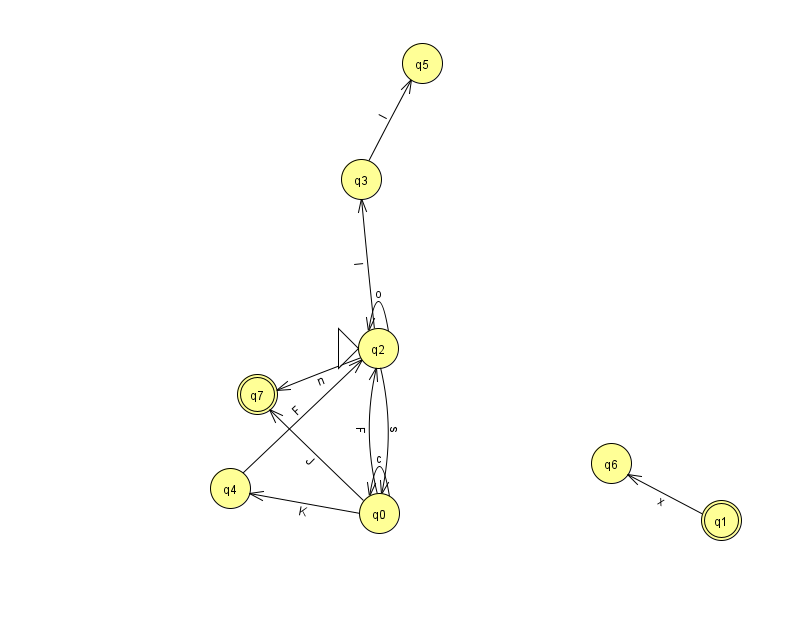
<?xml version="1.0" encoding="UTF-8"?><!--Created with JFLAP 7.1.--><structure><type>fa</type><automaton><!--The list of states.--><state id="0" name="q0"><x>379.0</x><y>500.0</y></state><state id="1" name="q1"><x>721.0</x><y>507.0</y><final/></state><state id="2" name="q2"><x>378.0</x><y>335.0</y><initial/></state><state id="3" name="q3"><x>361.0</x><y>166.0</y></state><state id="4" name="q4"><x>230.0</x><y>475.0</y></state><state id="5" name="q5"><x>422.0</x><y>50.0</y></state><state id="6" name="q6"><x>611.0</x><y>450.0</y></state><state id="7" name="q7"><x>257.0</x><y>381.0</y><final/></state><!--The list of transitions.--><transition><from>0</from><to>4</to><read>K</read></transition><transition><from>2</from><to>3</to><read>I</read></transition><transition><from>1</from><to>6</to><read>x</read></transition><transition><from>0</from><to>0</to><read>c</read></transition><transition><from>2</from><to>0</to><read>s</read></transition><transition><from>0</from><to>2</to><read>F</read></transition><transition><from>2</from><to>7</to><read>n</read></transition><transition><from>3</from><to>5</to><read>I</read></transition><transition><from>4</from><to>2</to><read>F</read></transition><transition><from>0</from><to>7</to><read>J</read></transition><transition><from>2</from><to>2</to><read>o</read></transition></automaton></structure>